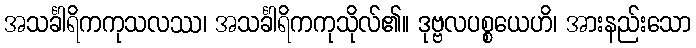
အသင်္ခါရိကကုသလဿ၊ အသင်္ခါရိကကုသိုလ်၏။ ဒုဗ္ဗလပစ္စယေဟိ၊ အားနည်းသော